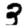
Digit: 3